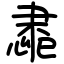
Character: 䏋